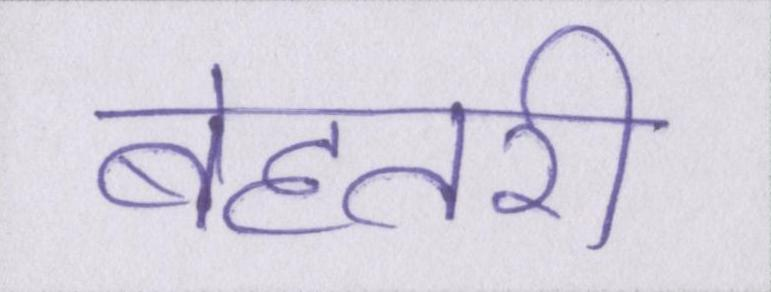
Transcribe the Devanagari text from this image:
बेहतरी